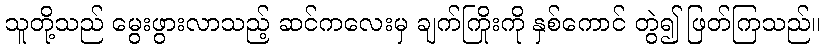
သူတို့သည် မွေးဖွားလာသည့် ဆင်ကလေးမှ ချက်ကြိုးကို နှစ်ကောင် တွဲ၍ ဖြတ်ကြသည်။